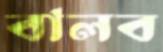
বালব